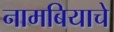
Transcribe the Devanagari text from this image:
नामबियाचे